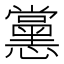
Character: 𭟚